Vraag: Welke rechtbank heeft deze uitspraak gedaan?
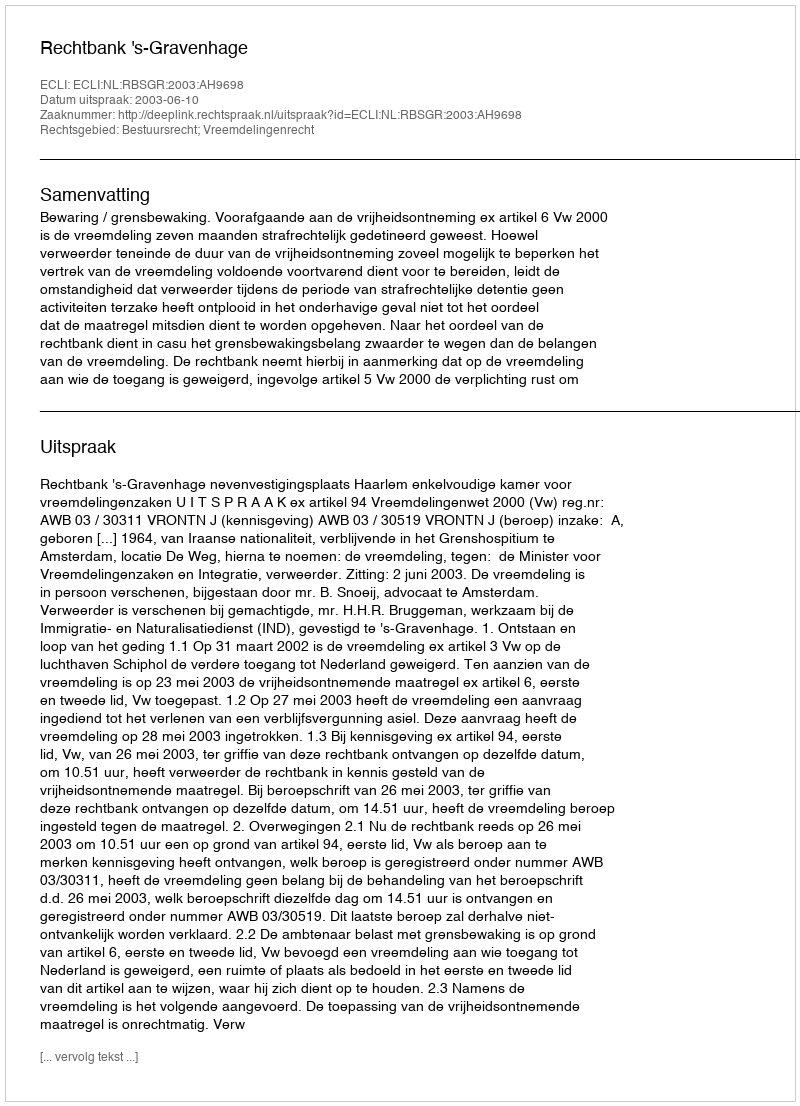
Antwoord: Rechtbank 's-Gravenhage